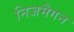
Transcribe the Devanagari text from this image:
निजमैगन